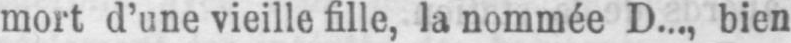
mort d’une vieille fille, la nommée D.., bien